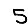
Digit: 5